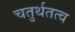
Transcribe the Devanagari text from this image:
चतुर्थतत्व